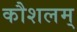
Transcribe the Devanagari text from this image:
कौशलम्